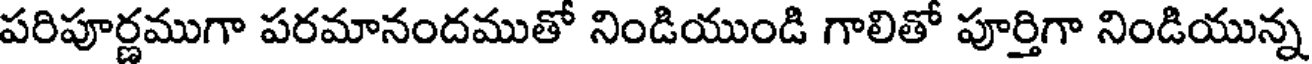
పరిపూర్ణముగా పరమానందముతో నిండియుండి గాలితో పూర్తిగా నిండియున్న